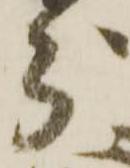
分